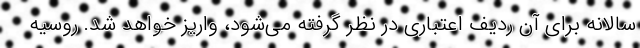
سالانه برای آن ردیف اعتباری در نظر گرفته می‌شود، واریز خواهد شد. روسیه